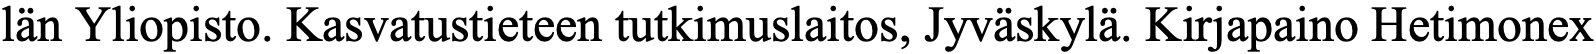
län Yliopisto. Kasvatustieteen tutkimuslaitos, Jyväskylä. Kirjapaino Hetimonex